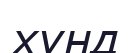
хүнд